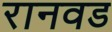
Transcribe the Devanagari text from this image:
रानवड